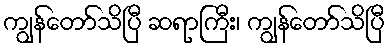
ကျွန်တော်သိပြီ ဆရာကြီး၊ ကျွန်တော်သိပြီ